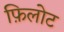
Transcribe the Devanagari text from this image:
फ़िलोट